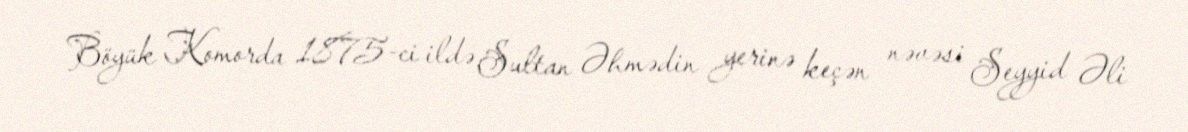
Böyük Komorda 1875-ci ildə Sultan Əhmədin yerinə keçən nəvəsi Seyyid Əli